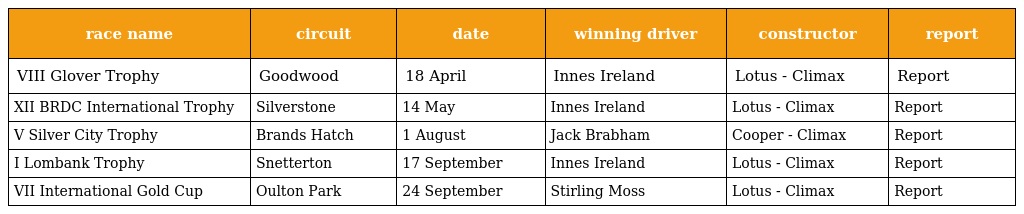
| race name | circuit | date | winning driver | constructor | report |
 | --- | --- | --- | --- | --- | --- |
 | VIII Glover Trophy | Goodwood | 18 April | Innes Ireland | Lotus - Climax | Report |
 | XII BRDC International Trophy | Silverstone | 14 May | Innes Ireland | Lotus - Climax | Report |
 | V Silver City Trophy | Brands Hatch | 1 August | Jack Brabham | Cooper - Climax | Report |
 | I Lombank Trophy | Snetterton | 17 September | Innes Ireland | Lotus - Climax | Report |
 | VII International Gold Cup | Oulton Park | 24 September | Stirling Moss | Lotus - Climax | Report |